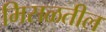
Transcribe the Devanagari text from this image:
मिसळतील